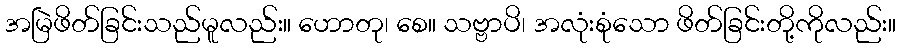
အမြဲဖိတ်ခြင်းသည်မူလည်း။ ဟောတု၊ စေ။ သဗ္ဗာပိ၊ အလုံးစုံသော ဖိတ်ခြင်းတို့ကိုလည်း။